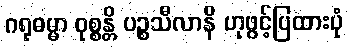
ဂရုဓမ္မာ ဝုစ္စန္တိ ပဉ္စသီလာနိ ဟုဖွင့်ပြထားပုံ